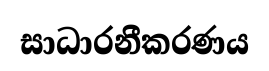
සාධාරනීකරණය